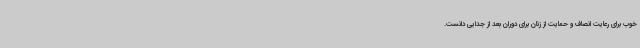
خوب برای رعایت انصاف و حمایت از زنان برای دوران بعد از جدایی دانست.